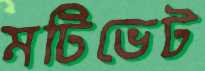
মটিভেট